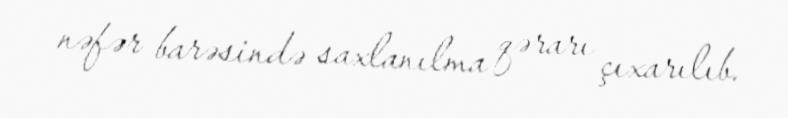
nəfər barəsində saxlanılma qərarı çıxarılıb.